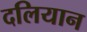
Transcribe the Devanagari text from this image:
दलियान